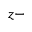
z -